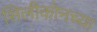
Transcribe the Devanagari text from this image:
सिलीकोनच्या